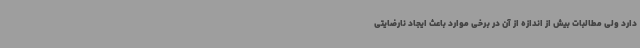
دارد ولی مطالبات بیش از اندازه از آن در برخی موارد باعث ایجاد نارضایتی